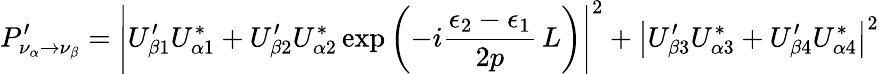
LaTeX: P_{\nu_{\alpha}\to\nu_{\beta}}^{\prime}=\left|U_{\beta 1}^{\prime}U_{\alpha 1}^{*}+U_{\beta 2}^{\prime}U_{\alpha 2}^{*}\exp{\left(-i\frac{\epsilon_{2}-\epsilon_{1}}{2p}\, L\right)}\right|^{2}+\left|U_{\beta 3}^{\prime}U_{\alpha 3}^{*}+U_{\beta 4}^{\prime}U_{\alpha 4}^{*}\right|^{2}